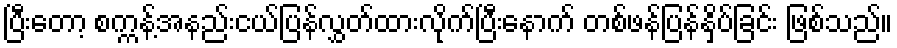
ပြီးတော့ စက္ကန့်အနည်းငယ်ပြန်လွှတ်ထားလိုက်ပြီးနောက် တစ်ဖန်ပြန်နှိပ်ခြင်း ဖြစ်သည်။